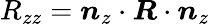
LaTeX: R_{zz}=\boldsymbol{n}_{z}\cdot\boldsymbol{R}\cdot\boldsymbol{n}_{z}